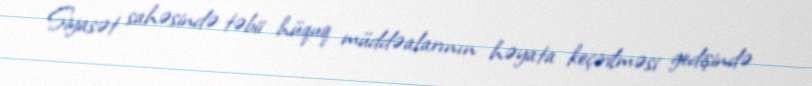
Siyasət sahəsində təbii hüquq müddəalarının həyata keçirilməsi gedişində